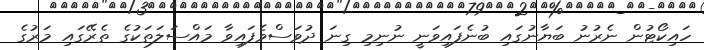
ހައިކޯޓުން ނެރުނު ބަޔާނުގައި ބުނެފައިވަނީ ނުނިމި ގިނަ ދުވަސްވެފައިވާ މައްސަލަތަކުގެ ތެރޭގައި މަރުގެ